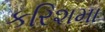
કરિશમા